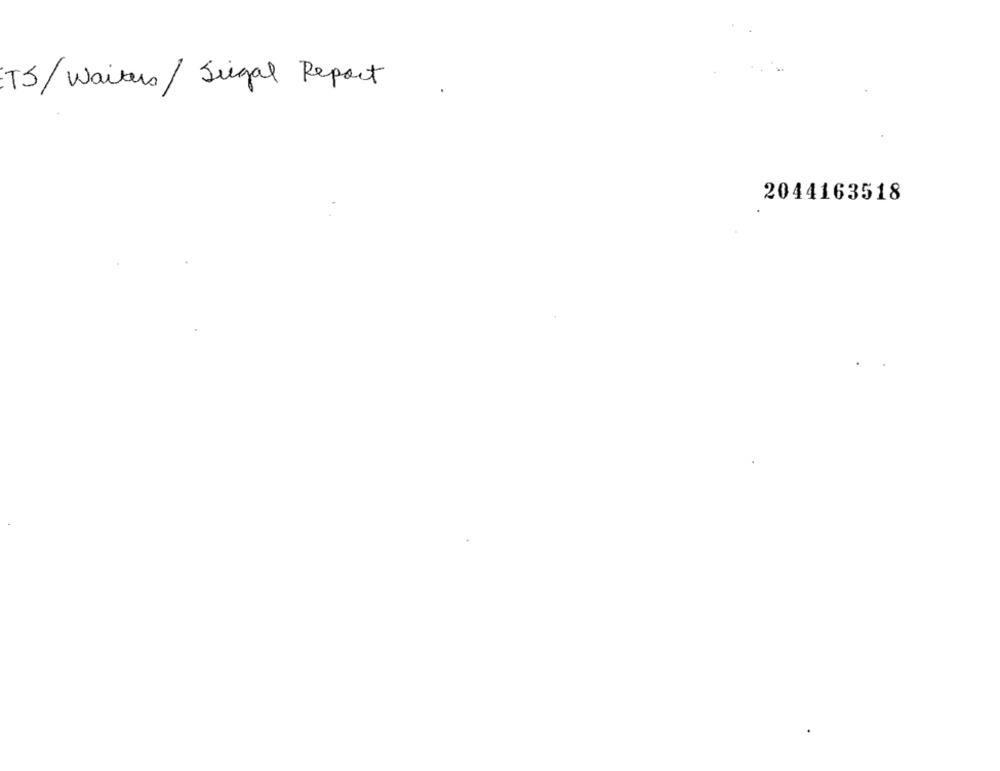
TS/Waiters / Siegal Report
2044163518